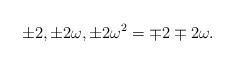
LaTeX: \begin{align*}\pm2,\pm2\omega,\pm2\omega^2=\mp2\mp2\omega.\end{align*}